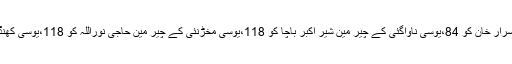
الیکشن کمیشن کے چیر مین سردار جہان اور تر جمان اشتر خان نے یوسی کو گا کے چیر مین اسرار خان کو 84،یوسی ناواگئی کے چیر مین شیر اکبر باچا کو 118،یوسی مخڑنئی کے چیر مین حاجی نوراللہ کو 118،یوسی کھنڈر کٹی کے چیر مین یوسف زادہ کو 72اور یوسی آمازی کے چیر مین کو 59بکس حوالہ کئے ۔